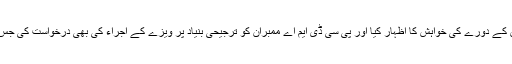
انہوں نے اس موقع پر ایسوسی ایشن کے ممبرز درآمد کنندگان کی جانب سے فرانس کے دورے کی خواہش کا اظہار کیا اور پی سی ڈی ایم اے ممبران کو ترجیحی بنیاد پر ویزے کے اجراء کی بھی درخواست کی جس کے جواب میں فرانسیسی قونصل جنرل نے ہر ممکن تعاون کی یقین دہانی کروائی۔